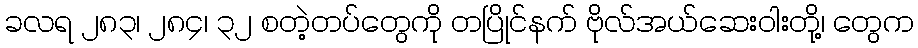
ခလရ ၂၈၃၊ ၂၈၄၊ ၃၂ စတဲ့တပ်တွေကို တပြိုင်နက် ဗိုလ်အယ်ဆေးဝါးတို့၊ တွေက